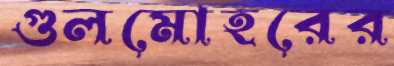
গুলমোহরের